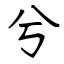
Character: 兮